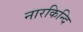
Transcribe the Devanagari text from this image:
नारकिन्दि